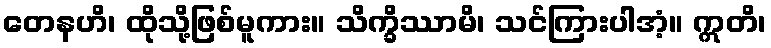
တေနဟိ၊ ထိုသို့ဖြစ်မူကား။ သိက္ခိဿာမိ၊ သင်ကြားပါအံ့။ ဣတိ၊